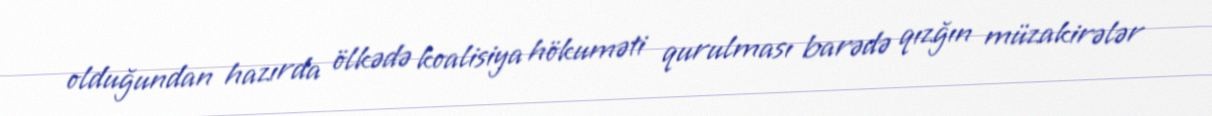
olduğundan hazırda ölkədə koalisiya hökuməti qurulması barədə qızğın müzakirələr